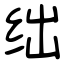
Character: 绌